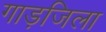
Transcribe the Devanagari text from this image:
गाड़जिला